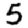
Digit: 5